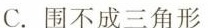
C.围不成三角形